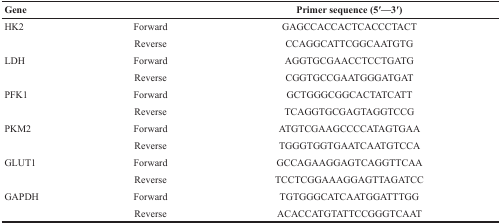
<table><thead><tr><td><b>Gene</b></td><td></td><td><b>Primer sequence (5′—3′)</b></td></tr></thead><tbody><tr><td>HK2</td><td>Forward</td><td>GAGCCACCACTCACCCTACT</td></tr><tr><td></td><td>Reverse</td><td>CCAGGCATTCGGCAATGTG</td></tr><tr><td>LDH</td><td>Forward</td><td>AGGTGCGAACCTCCTGATG</td></tr><tr><td></td><td>Reverse</td><td>CGGTGCCGAATGGGATGAT</td></tr><tr><td>PFK1</td><td>Forward</td><td>GCTGGGCGGCACTATCATT</td></tr><tr><td></td><td>Reverse</td><td>TCAGGTGCGAGTAGGTCCG</td></tr><tr><td>PKM2</td><td>Forward</td><td>ATGTCGAAGCCCCATAGTGAA</td></tr><tr><td></td><td>Reverse</td><td>TGGGTGGTGAATCAATGTCCA</td></tr><tr><td>GLUT1</td><td>Forward</td><td>GCCAGAAGGAGTCAGGTTCAA</td></tr><tr><td></td><td>Reverse</td><td>TCCTCGGAAAGGAGTTAGATCC</td></tr><tr><td>GAPDH</td><td>Forward</td><td>TGTGGGCATCAATGGATTTGG</td></tr><tr><td></td><td>Reverse</td><td>ACACCATGTATTCCGGGTCAAT</td></tr></tbody></table>